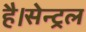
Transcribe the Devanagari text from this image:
है।सेन्ट्रल